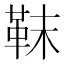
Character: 靺